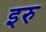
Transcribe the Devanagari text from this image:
इरु